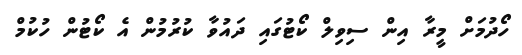
ހޯދުމަށް މީރާ އިން ސިވިލް ކޯޓުގައި ދައުވާ ކުރުމުން އެ ކޯޓުން ހުކުމް